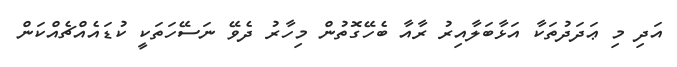
އަދި މި ޢަދަދުތަކާ އަޅާބަލާއިރު ރާއާ ބެހޭގޮތުން މިހާރު ދެވޭ ނަސޭހަތަކީ ކުޑައެއްޗެއްކަން